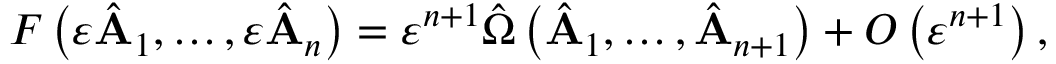
F \left( \varepsilon \hat { \bf A } _ { 1 } , \ldots , \varepsilon \hat { \bf A } _ { n } \right) = \varepsilon ^ { n + 1 } \hat { \Omega } \left( \hat { \bf A } _ { 1 } , \ldots , \hat { \bf A } _ { n + 1 } \right) + O \left( \varepsilon ^ { n + 1 } \right) ,